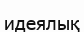
идеялық